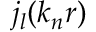
j _ { l } ( k _ { n } r )